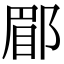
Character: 郿